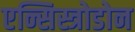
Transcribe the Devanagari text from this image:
एन्सिस्त्रोडोन